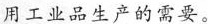
用工业品生产的需要。